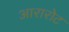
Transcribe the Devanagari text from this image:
आरारोट